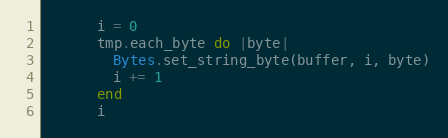
Language: Ruby
      i = 0
      tmp.each_byte do |byte|
        Bytes.set_string_byte(buffer, i, byte)
        i += 1
      end
      i